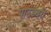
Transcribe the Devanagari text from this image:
पाउंडबरी